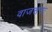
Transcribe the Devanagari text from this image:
वाजसनः